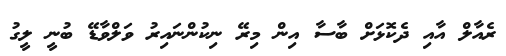
ރެއާލް އާއި ދެކޮޅަށް ބާސާ އިން މިރޭ ނިކުންނައިރު ވަލްވާޑޭ ބުނީ ލީގު